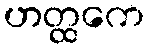
ဟတ္ထကေ